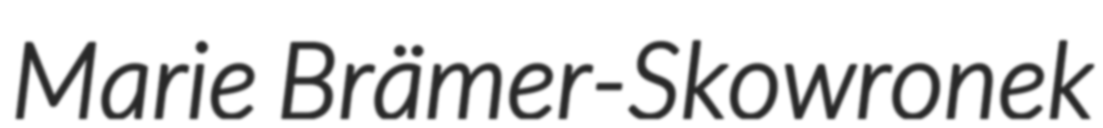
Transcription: Marie Brämer-Skowronek